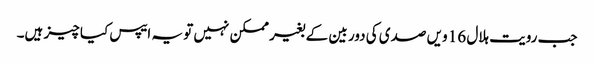
جب رویت ہلال 16 ویں صدی کی دور بین کے بغیر ممکن نہیں تو یہ ایپس کیا چیز ہیں۔